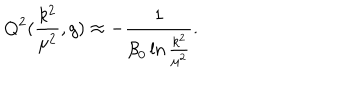
LaTeX: Q ^ { 2 } ( \frac { k ^ { 2 } } { { \mu } ^ { 2 } } , g ) \approx - \frac { 1 } { { \beta } _ { 0 } \ln { \frac { k ^ { 2 } } { { \mu } ^ { 2 } } } } .